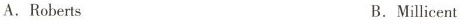
A.Roberts B.Millicent